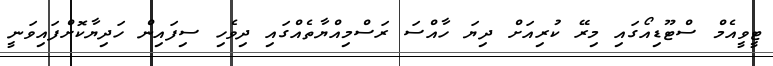
ޓީވީއެމް ސްޓޫޑިއޯގައި މިރޭ ކުރިއަށް ދިޔަ ހާއްސަ ރަސްމިއްޔާތެއްގައި ދިވެހި ސިފައިން ހަދިޔާކޮށްފައިވަނީ